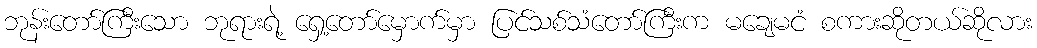
ဘုန်းတော်ကြီးသော ဘုရားရဲ့ ရှေ့တော်မှောက်မှာ ပြင်သစ်သံတော်ကြီးက မချေမငံ စကားဆိုတယ်ဆိုလား